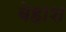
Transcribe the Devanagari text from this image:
बेहाश